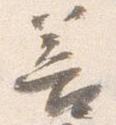
善